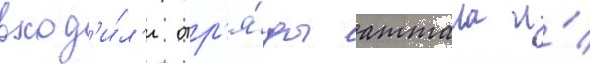
вход'и́л'и отр'я́ды аттала и́